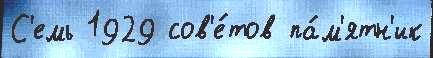
С'емь 1929 сов'е́тов па́м'ятн'ик